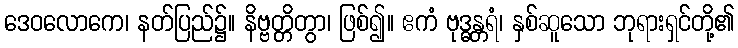
ဒေဝလောကေ၊ နတ်ပြည်၌။ နိဗ္ဗတ္တိတွာ၊ ဖြစ်၍။ ဧကံ ဗုဒ္ဓန္တရံ၊ နှစ်ဆူသော ဘုရားရှင်တို့၏